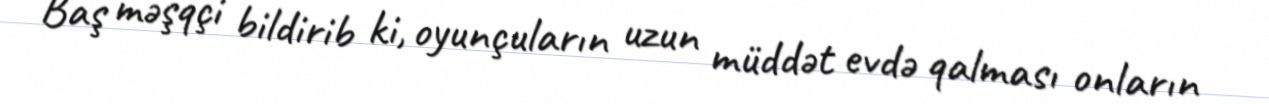
Baş məşqçi bildirib ki, oyunçuların uzun müddət evdə qalması onların